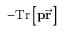
- \mathrm { T r } \left[ \mathbf { p } \vec { \mathbf { r } } \right]